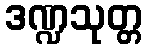
ဒဏ္ဍသုတ္တ